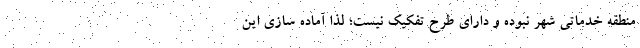
منطقه خدماتی شهر نبوده و دارای طرح تفکیک نیست؛ لذا آماده سازی این